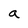
Character: a